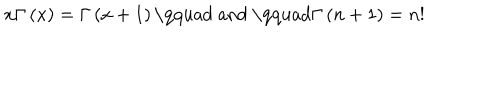
x \Gamma \left( x \right) = \Gamma \left( x + 1 \right) \mathrm { \qquad ~ a n d ~ \qquad } \Gamma \left( n + 1 \right) = n !